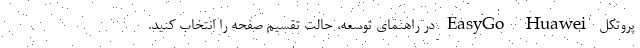
پروتکل EasyGo Huawei در راهنمای توسعه، حالت تقسیم صفحه را انتخاب کنید.